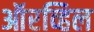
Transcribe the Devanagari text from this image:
ऑरव्हिल